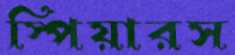
স্পিয়ারস